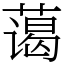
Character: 蔼